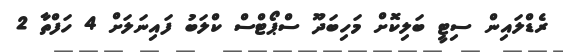
ރެޑްލައިން ސިޓީ ބަލިކޮށް މަހިބަދޫ ސްޕޯޓްސް ކްލަބު ފައިނަލަށް 4 ހަފްތާ 2